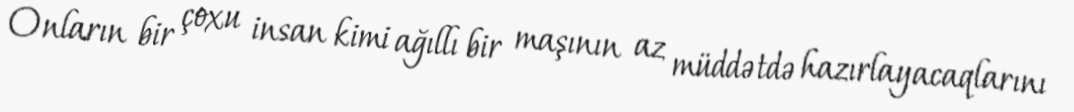
Onların bir çoxu insan kimi ağıllı bir maşının az müddətdə hazırlayacaqlarını